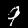
Label: 9